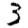
Digit: 3